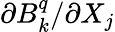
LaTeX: \partial B_{k}^{q}/\partial X_{j}